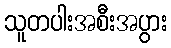
သူတပါးအစီးအပွား